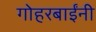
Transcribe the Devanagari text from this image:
गोहरबाईंनी